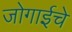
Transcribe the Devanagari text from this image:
जोगाईचे